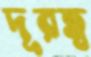
দূরত্ব